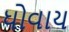
ધોવાય